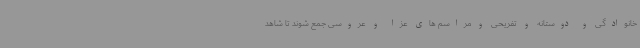
خانوادگی و دوستانه و تفریحی و مراسم های عزا و عروسی جمع شوند تا شاهد